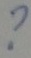
Text: ?